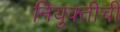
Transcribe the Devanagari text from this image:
नियुक्तीची